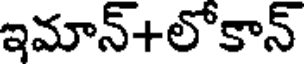
ఇమాన్+లోకాన్